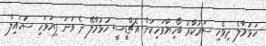
ހުޅުމާލެ ދިވެހި ސަރުކާރު ބޯހިޔާވަހިކަން އެޗްޑީސީ ހުޅުމާލޭ ދެ ވަނަ ފިޔަވަހި ސުހައިލް